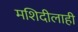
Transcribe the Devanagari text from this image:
मशिदीलाही